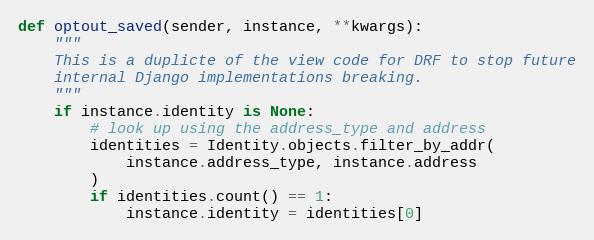
Language: Python
def optout_saved(sender, instance, **kwargs):
    """
    This is a duplicte of the view code for DRF to stop future
    internal Django implementations breaking.
    """
    if instance.identity is None:
        # look up using the address_type and address
        identities = Identity.objects.filter_by_addr(
            instance.address_type, instance.address
        )
        if identities.count() == 1:
            instance.identity = identities[0]